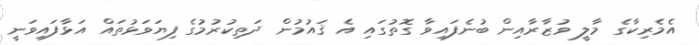
އެމެރިކާގެ މާލީ ވުޒާރާއިން ބުނެފައިވާ ގޮތުގައި އެ ޤައުމުން ދަތިކުރުމުގެ ފިޔަވަޅުތައް އަޅާފައިވަނީ